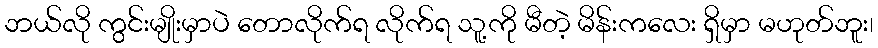
ဘယ်လို ကွင်းမျိုးမှာပဲ တောလိုက်ရ လိုက်ရ သူ့ကို မီတဲ့ မိန်းကလေး ရှိမှာ မဟုတ်ဘူး၊